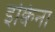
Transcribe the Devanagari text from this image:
इक्विना